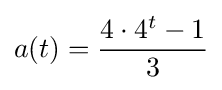
a(t)={\frac {4\cdot 4^{t}-1}{3}}